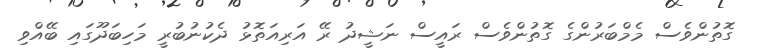
ގޮތުންވެސް މެމްބަރުންގެ ގޮތުންވެސް ރައީސް ނަޝީދު ރޭ އަރިއަތޮޅު ދެކުނުބުރީ މަހިބަދޫގައި ބޭއްވި